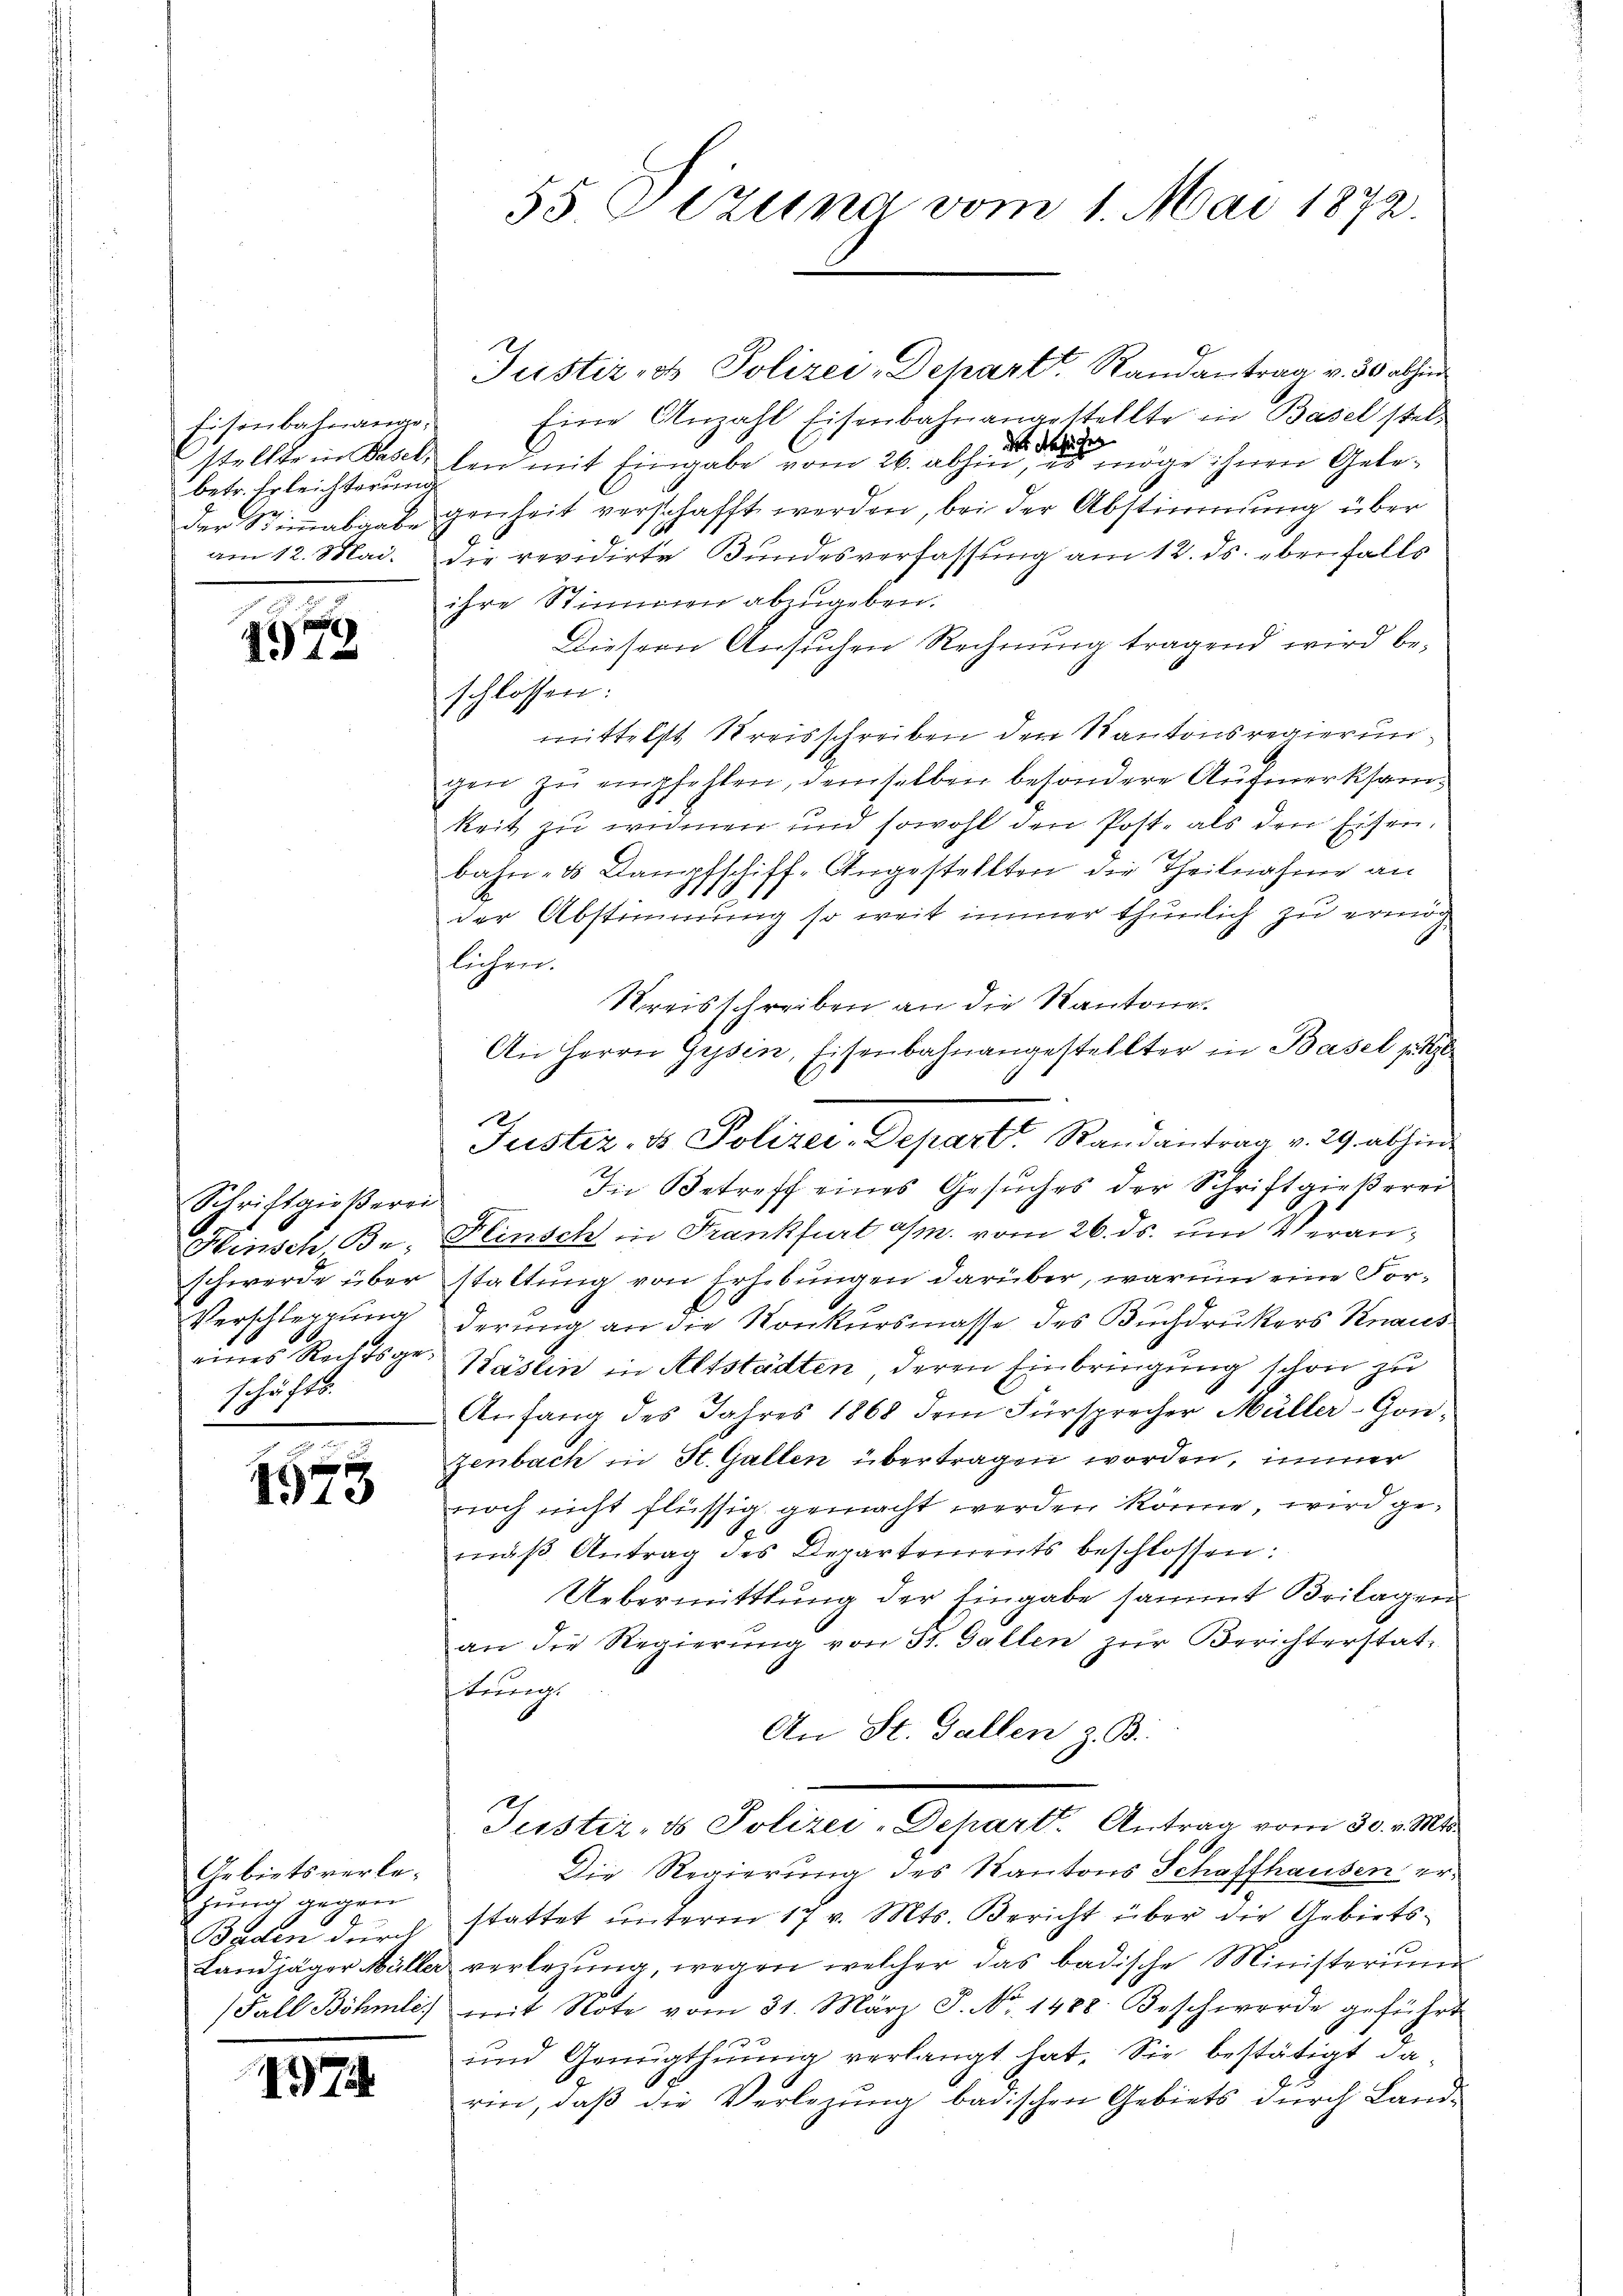
Fisenbahnangebetr. Erleichterung

.
1972

Schriftgießerei
Hinsch Beschwerde über
Verschleppung
schäfts.
9

f
110

Gebietsverlefung gegen
7
Baden durch

197

Justizio Polizei-Depart Randantrag v. 30 abfind
Eine Anzahl Eisenbahnangestellte in Basel stelstellte in Fall den mit Eingabe vom 26. aber eine öge ihnen Geleder Stiṁmabgabe genheit verschafft werden, bei der Abstimmung über
am 12. Mai. die revidirte Bundesverfassung am 12. ds. ebenfalls
ihre Stimmen abzugeben.
Diesern Ansuchen Rechnung tragend wird beschlossen:
mittelst Kreisschreiben den Kantonsregierungen zŭ empfehlen, demselben besondere Aufmerksamkeit zu widmen und sowohl den Post- als den Eisen.
bahn- & Dampfschiff-Angestellten die Theilnahme an
.
der Abstimmung so weit immer thunlich zu ermög
lichen.
Kreisschreiben an die Kantone
An Herrn Gysin, Eisenbahnangestellter in Basel jetz
Justiz- & Polizei-Depart Randantrag v. 29. abhin
In Betreff eines Gesuches der Schriftgießerei
Hinsch in Frankfurt a/m. vom 26. ds. um Veranstaltung von Erhebungen darüber, warum eine Forderung an die Konkursmasse des Buchdruckers Knaus
eines Rechtsge- Wäslin in Altstädten, deren Einbringung schon zu
Anfang des Jahres 1868 dem Fürsprecher Müller-Gonzenbach in St. Gallen übertragen worden, immer
noch nicht flüssig gemacht werden könne, wird gemäß Antrag des Departements beschlossen:
Uebermittlung der Eingabe sammt Beilagen
an die Regierung von St. Gallen zur Berichterstatstungs
An St. Gallen z. B.
Juster- & Polizei-Depart. Antrag vom 30. v. Mts.
Die Regierung des Kantons Schaffhausen erstattet unterm 17 v. Mts. Bericht über die Gebiets¬
Landjäger Müller verlegŭng, wegen welcher das badische Ministerium
Fall Böhmle) mit Note vom 31. März J. No. 1488. Beschwerde geführt
und Genügthung verlangt hat. Sie bestätigt darin, daß die Verlegung badischen Gebiets durch Land¬

55. Dezung vom 1. Mai 1872.

12